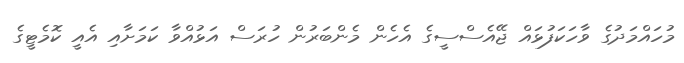
މުހައްމަދުގެ ވާހަކަފުޅައް ޖޭއެސްސީގެ އެހެން މެންބަރުން ހުރަސް އަޅުއްވާ ކަމަށާއި އެއީ ކޮމެޓީގެ